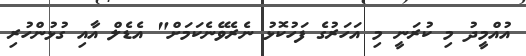
އުއްމީދު މި ކުރަނީ މި އަހަރުގެ ފަހުކޮޅު ނެރެވޭނެކަމަށް" އެޑެލް އާއި ގުޅުންހުރި